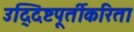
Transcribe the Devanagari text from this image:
उद्‍दिष्टपूर्तीकरिता